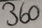
Text: 360